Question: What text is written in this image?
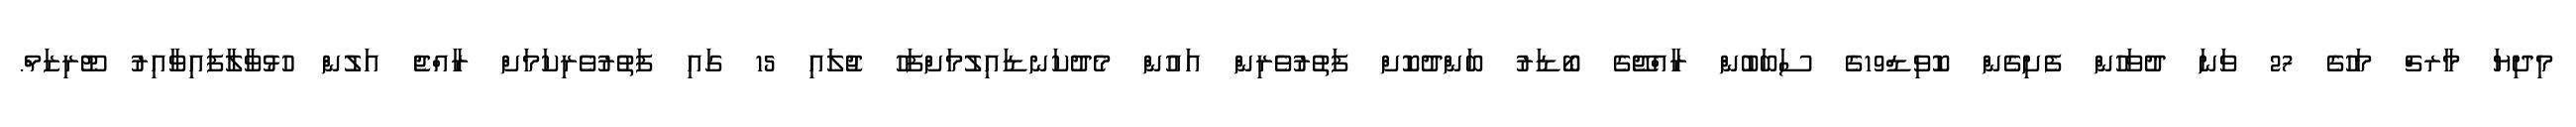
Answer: މިދިޔަ މާރޗް މަހުގެ 27 ވަނަ ދުވަހުން ފެށިގެން ކޮވިޑް19ގެ ސަބަބުން ރާއްޖޭގެ ބޯޑަރު ބަންދުކޮށް ފަތުރުވެރިން އައުން މެދުކަނޑައިލުމަށްފަހު ޖުލައި 15 ގައި ފަތުރުވެރިކަމަށް ރާއްޖެ އަލުން ހުޅުވާލާފައިވާއިރު ޓޫރިޒަމް.